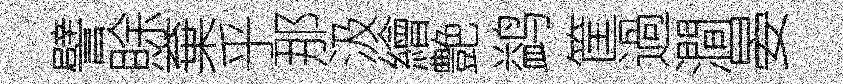
譬賖棄乎那汲繪艶鹢筐過澗晏